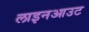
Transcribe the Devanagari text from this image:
लाइनआउट